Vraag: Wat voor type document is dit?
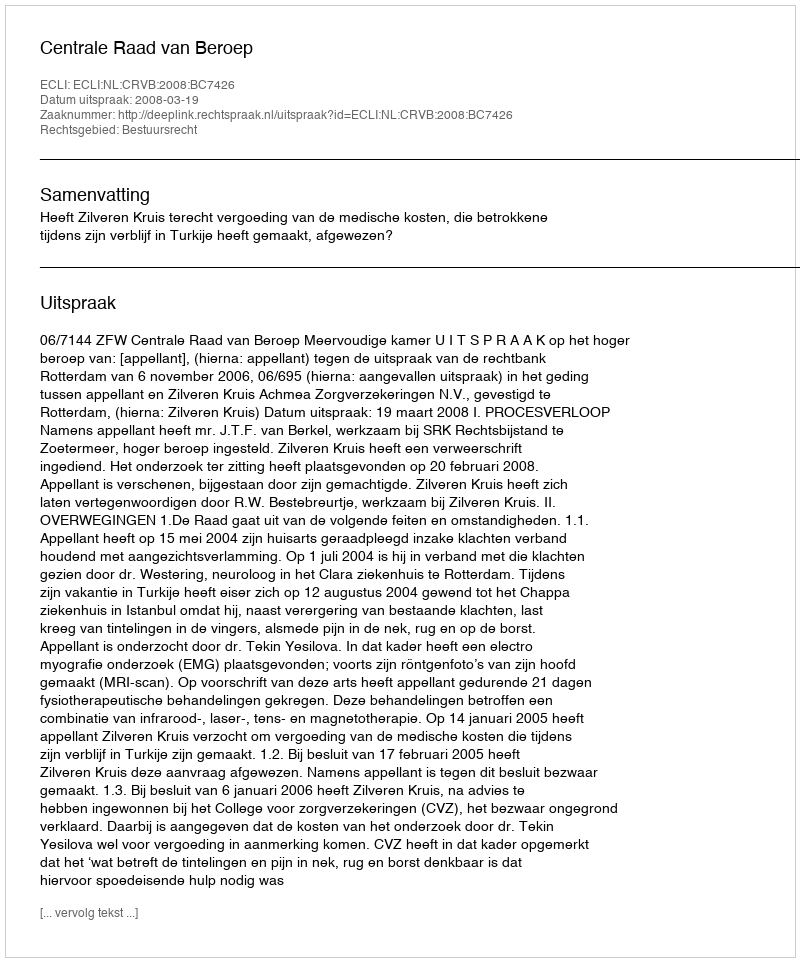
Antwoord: Uitspraak